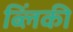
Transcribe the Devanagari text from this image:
ब्लिंकी